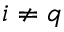
i \neq q